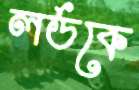
লর্ডকে